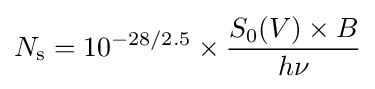
N_{\text{s}}=10^{-28/2.5}\times {\frac {S_{0}(V)\times B}{h\nu }}